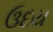
ઉદય